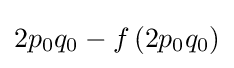
{\textstyle 2p_{0}q_{0}-f\left(2p_{0}q_{0}\right)}